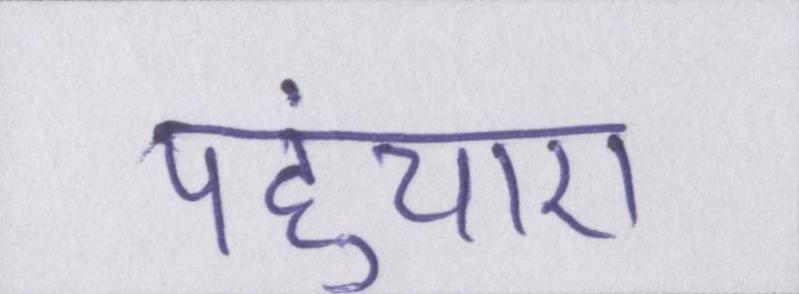
पहुंचाए